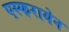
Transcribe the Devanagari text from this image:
एस्फरायेन